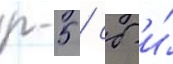
р-5 / сб и́